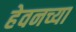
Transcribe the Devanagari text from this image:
हेवनच्या